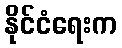
နိုင်ငံရေးက